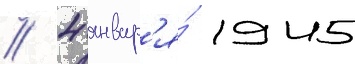
// 4 январ'я́ 1945